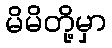
မိမိတို့မှာ